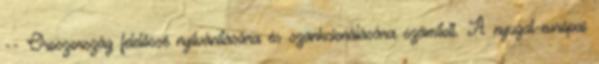
-- Oroszország felelőssé nyilvánítására és szankcionálására számított. A nyugat-európai